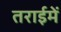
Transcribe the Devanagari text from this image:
तराईमें